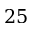
2 5